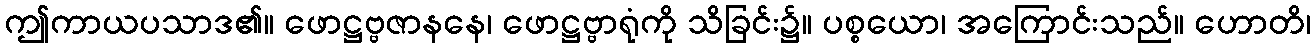
ဤကာယပသာဒ၏။ ဖောဋ္ဌဗ္ဗဇာနနေ၊ ဖောဋ္ဌဗ္ဗာရုံကို သိခြင်း၌။ ပစ္စယော၊ အကြောင်းသည်။ ဟောတိ၊